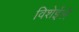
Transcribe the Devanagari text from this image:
विशेईले